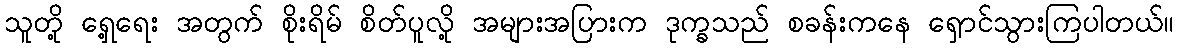
သူတို့ ရှေ့ရေး အတွက် စိုးရိမ် စိတ်ပူလို့ အများအပြားက ဒုက္ခသည် စခန်းကနေ ရှောင်သွားကြပါတယ်။